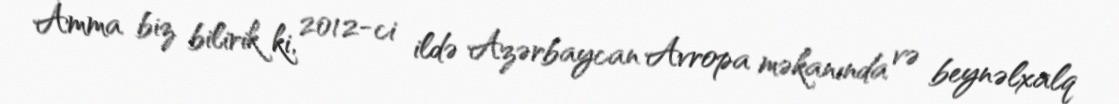
Amma biz bilirik ki, 2012-ci ildə Azərbaycan Avropa məkanında və beynəlxalq